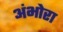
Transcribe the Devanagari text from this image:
अंभोरा